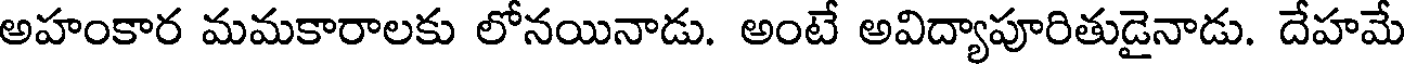
అహంకార మమకారాలకు లోనయినాడు. అంటే అవిద్యాపూరితుడైనాడు. దేహమే